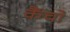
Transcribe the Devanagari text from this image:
कैंचों